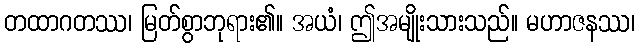
တထာဂတဿ၊ မြတ်စွာဘုရား၏။ အယံ၊ ဤအမျိုးသားသည်။ မဟာဇနဿ၊